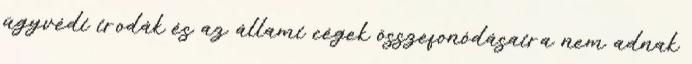
ügyvédi irodák és az állami cégek összefonódásaira nem adnak